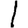
Digit: 1